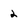
Character: 2